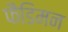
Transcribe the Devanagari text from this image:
फैडिमन